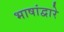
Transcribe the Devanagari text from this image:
भाषांद्वारे